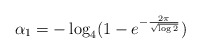
\begin{align*}\alpha_1 = -\log_4 (1-e^{-\frac{2\pi}{\sqrt{\log 2}}})\end{align*}